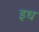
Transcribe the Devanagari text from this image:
इध